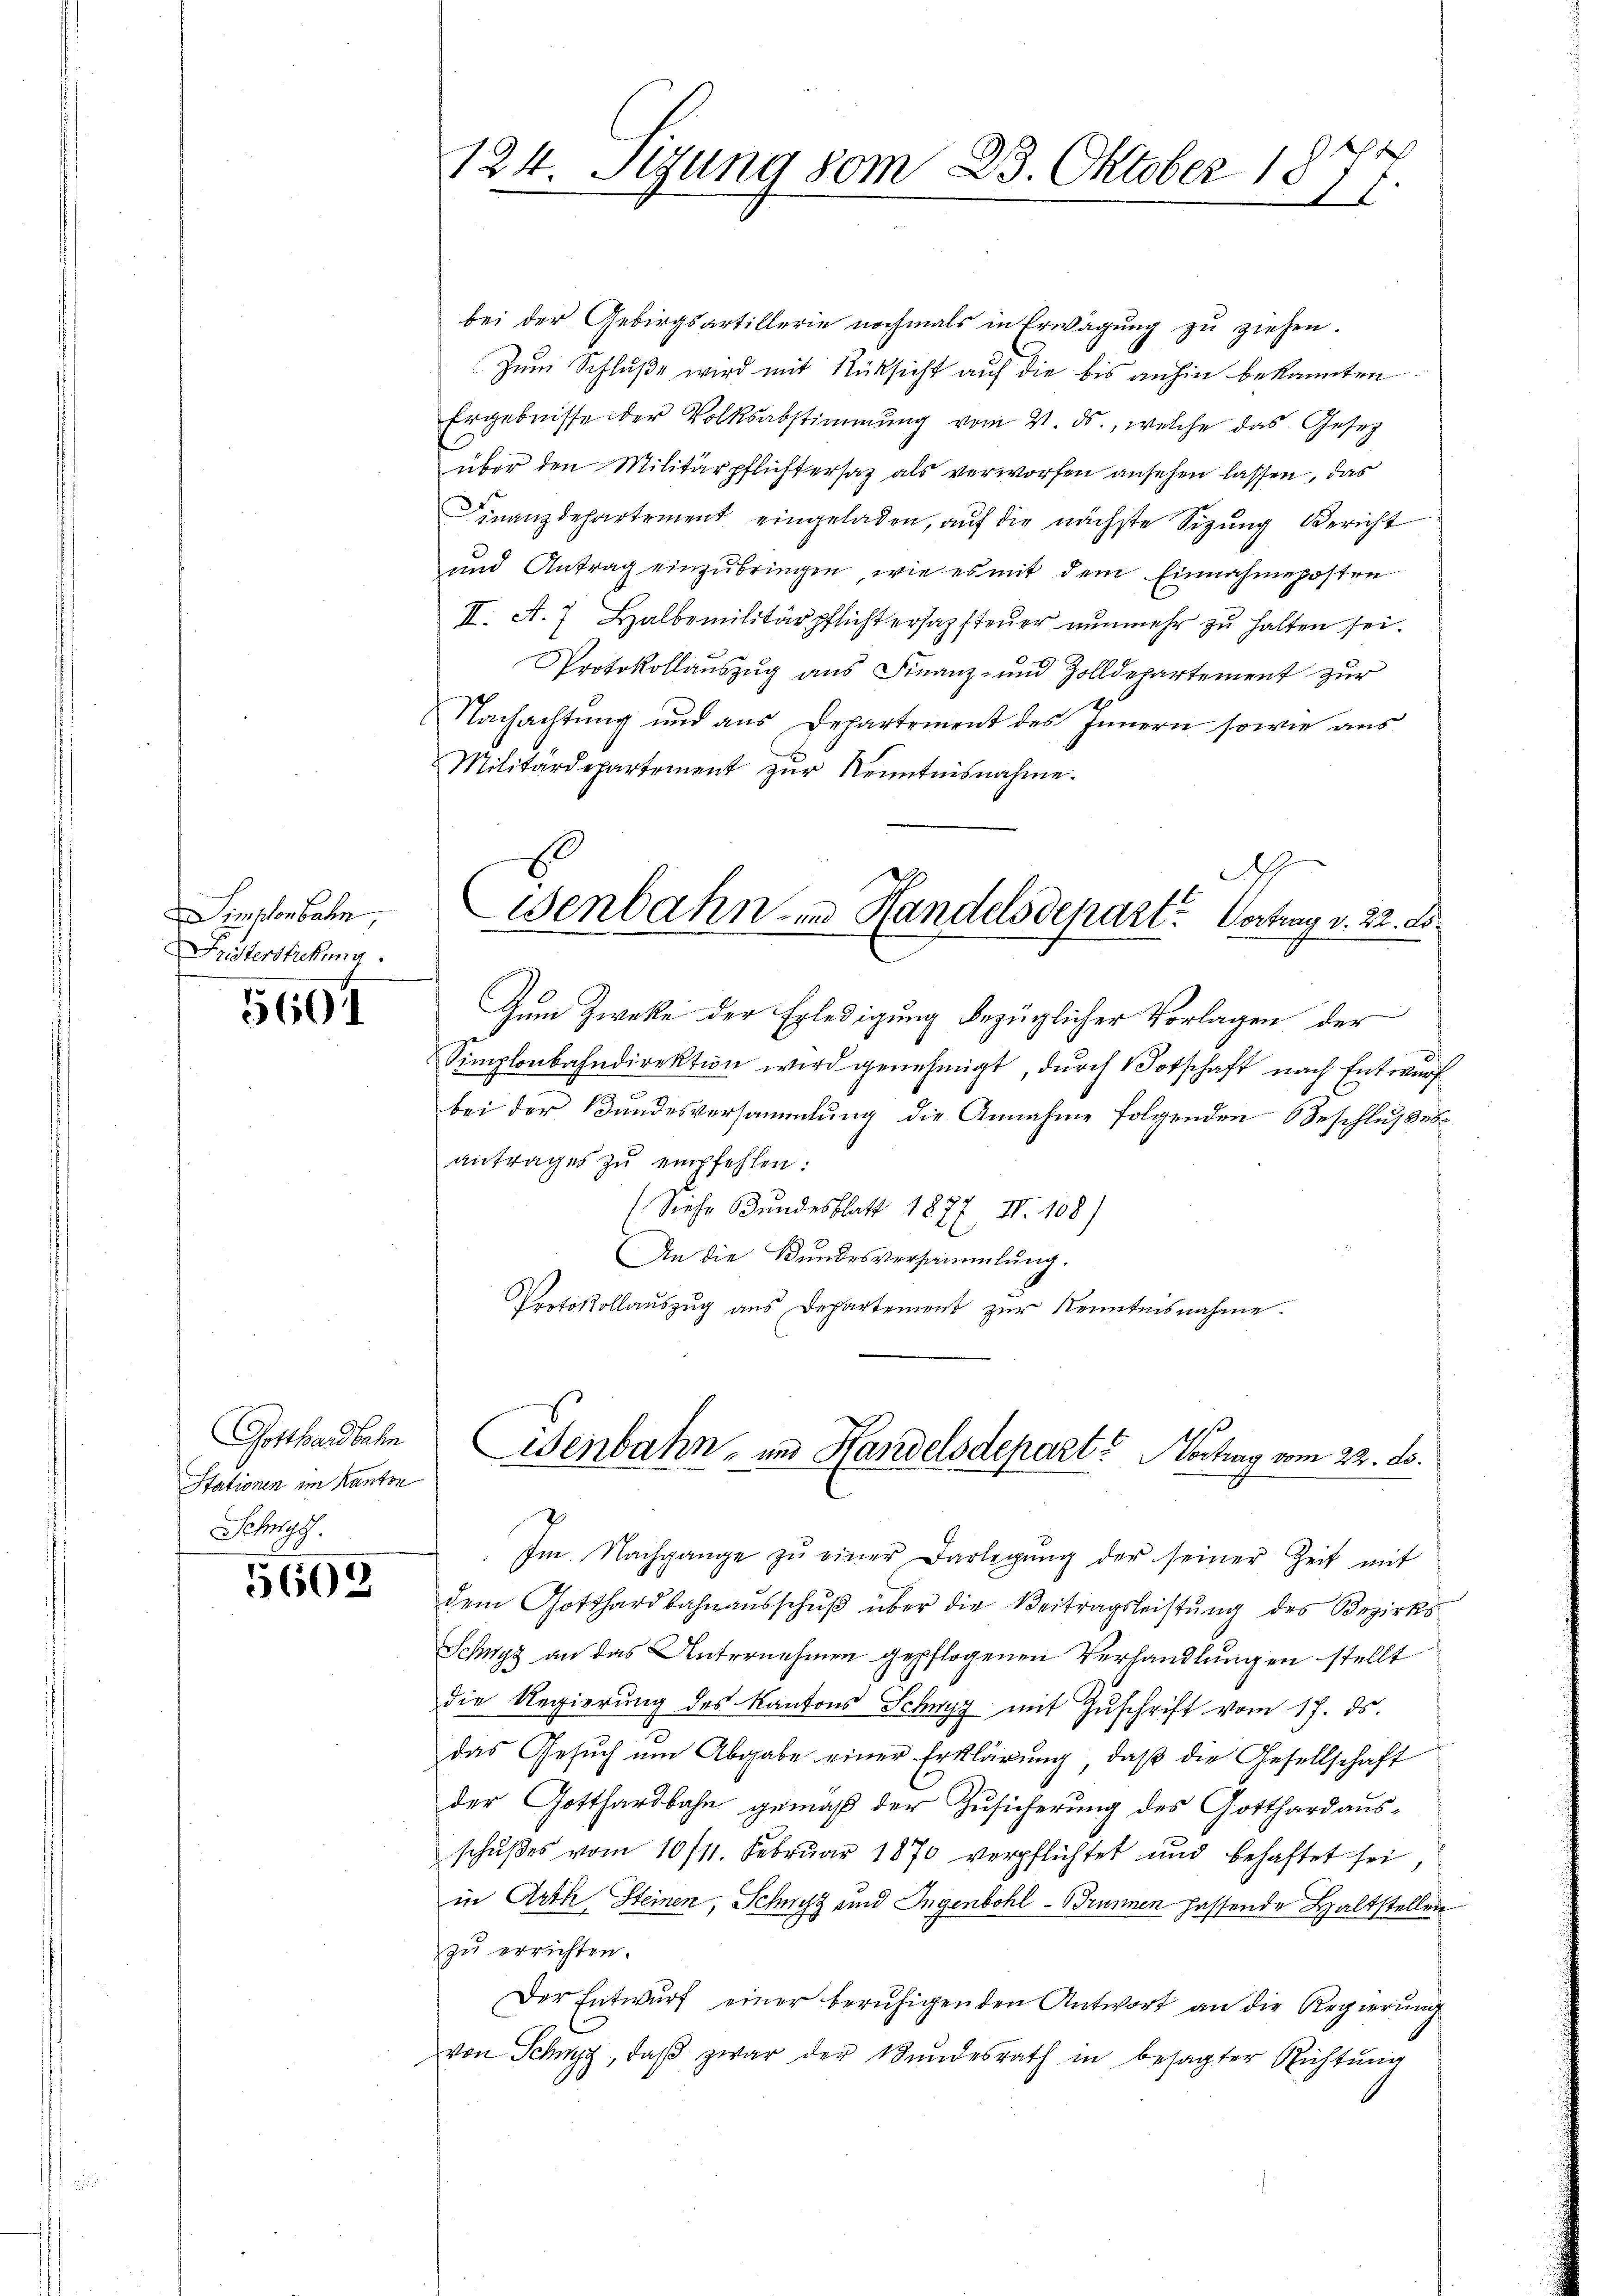
Simplonbahn,
Fristerstickung.

5601

Gotthardbahn
Stationen im Kanton
Schngs.

5603

bei der Gebirgsartillerie nochmals in Erwägung zu ziehen.
Zum Schluße wird mit Rücksicht auf die bis anhin bekannten
Ergebnisse der Volksabstimmung vom 4. ds., welche das Gesetz
über den Militärpflichtersatz als verworfen ansehen lassen, das
Finanzdepartement eingeladen, auf die nächste Sizung Bericht
und Antrag einzubringen, wie es mit dem Einnahmeposten
II. A. 7 Halbemilitärpflichtersazsteŭer nŭnmehr zŭ halten sei.
Protokollaŭszŭg ans Finanz- und Zolldepartement zŭr
Nachachtŭng und ans Departement des Innern sowie ans
Militärdepartement zŭr Kenntnisnahme.
d

124. Sizung vom 23. Oktober 18
F

Wenbahn in Handelsdepart. Vortrag v. 22. ds.

Zum Zwecke der Erledigung bezüglicher Vorlagen der
Simplonbahndirektion wird genehmigt, dŭrch Botschaft nach Entwurf
bei der Bundesversammlung die Annahme folgenden Beschlußes
antrages zŭ empfehlen:
(Siehe Bundesblatt 1877, II. 108)
An die Bundesversammlung.
Protokollauszug aus Departement zur Kenntnisnahme.

Im. Nachgange zŭ einer Darlegŭng der seiner Zeit mit
dem Gotthardbahnaŭsschŭβ über die Beitragsleistŭng des Bezirks
Schwyz an das Unternehmen gepflogenen Verhandlungen stellt
die Regierung des Kantons Schwyz mit Zŭschrift vom 17. ds.
das Gesŭch ŭm Abgabe einer Erklärung, daβ die Gesellschaft
der Gotthardbahn gemäß der Zusicherung des Gotthard aus-
schŭβes vom 10/11. Febrŭar 1870 verpflichtet und behaftet sei,
in Arth Steinen, Schwyz und Ingenbohl - Brunnen hassende Haltstellen
zu errichten.
Der Entwurf einer beruhigenden Antwort an die Regierung
von Schwyz, daβ zwar der Bundesrath in besagter Richtŭng

Wenbahn- und Handelsdepart? Vortrag vom 22. ds.